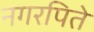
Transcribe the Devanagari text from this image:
नगरपिते